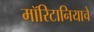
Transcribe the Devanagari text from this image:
मॉरिटानियाचे